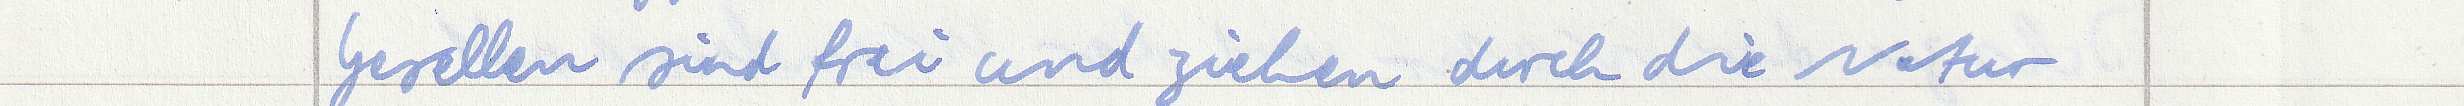
Gesellen sind frei und ziehen durch die Natur